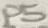
Text: P5